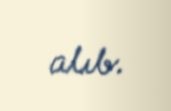
alıb.